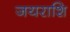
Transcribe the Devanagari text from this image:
जयराशि